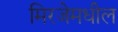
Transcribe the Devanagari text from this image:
मिरजेमधील